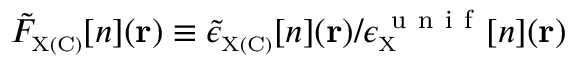
\tilde { F } _ { \scriptscriptstyle \mathrm { X ( C ) } } [ n ] ( { \bf r } ) \equiv \tilde { \epsilon } _ { \scriptscriptstyle \mathrm { X ( C ) } } [ n ] ( { \bf r } ) / \epsilon _ { \scriptscriptstyle \mathrm { X } } ^ { \mathrm { ~ u ~ n ~ i ~ f ~ } } [ n ] ( { \bf r } )